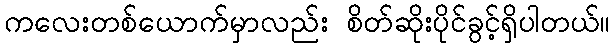
ကလေးတစ်ယောက်မှာလည်း စိတ်ဆိုးပိုင်ခွင့်ရှိပါတယ်။